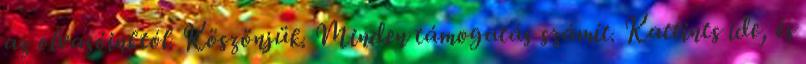
az olvasóinktól. Köszönjük. Minden támogatás számít. Kattints ide, és